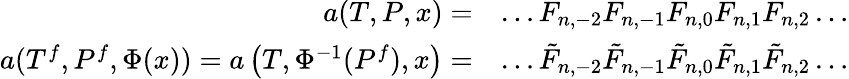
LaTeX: \begin{array}{rl}{a(T,P,x)=}&{\dots F_{n,-2}F_{n,-1}F_{n,0}F_{n,1}F_{n,2}\dots}\\ {a(T^{f},P^{f},\Phi(x))=a\left(T,\Phi^{-1}(P^{f}),x\right)=}&{\dots\tilde{F}_{n,-2}\tilde{F}_{n,-1}\tilde{F}_{n,0}\tilde{F}_{n,1}\tilde{F}_{n,2}\dots}\end{array}